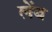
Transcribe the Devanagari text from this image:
लेंब